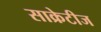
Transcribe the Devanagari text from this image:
साक्रेटीज